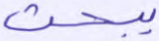
يبحث